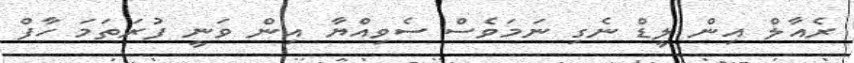
ރެއާލް އިން ލީޑް ނެގި ނަމަވެސް ސެވިއްޔާ އިން ވަނީ ފުރަތަމަ ހާފް